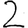
Digit: 2